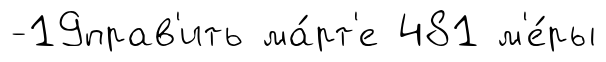
-19прав'ить ма́рт'е 481 м'е́ры